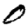
Digit: 0